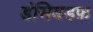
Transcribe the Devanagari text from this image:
डंसियडफ़